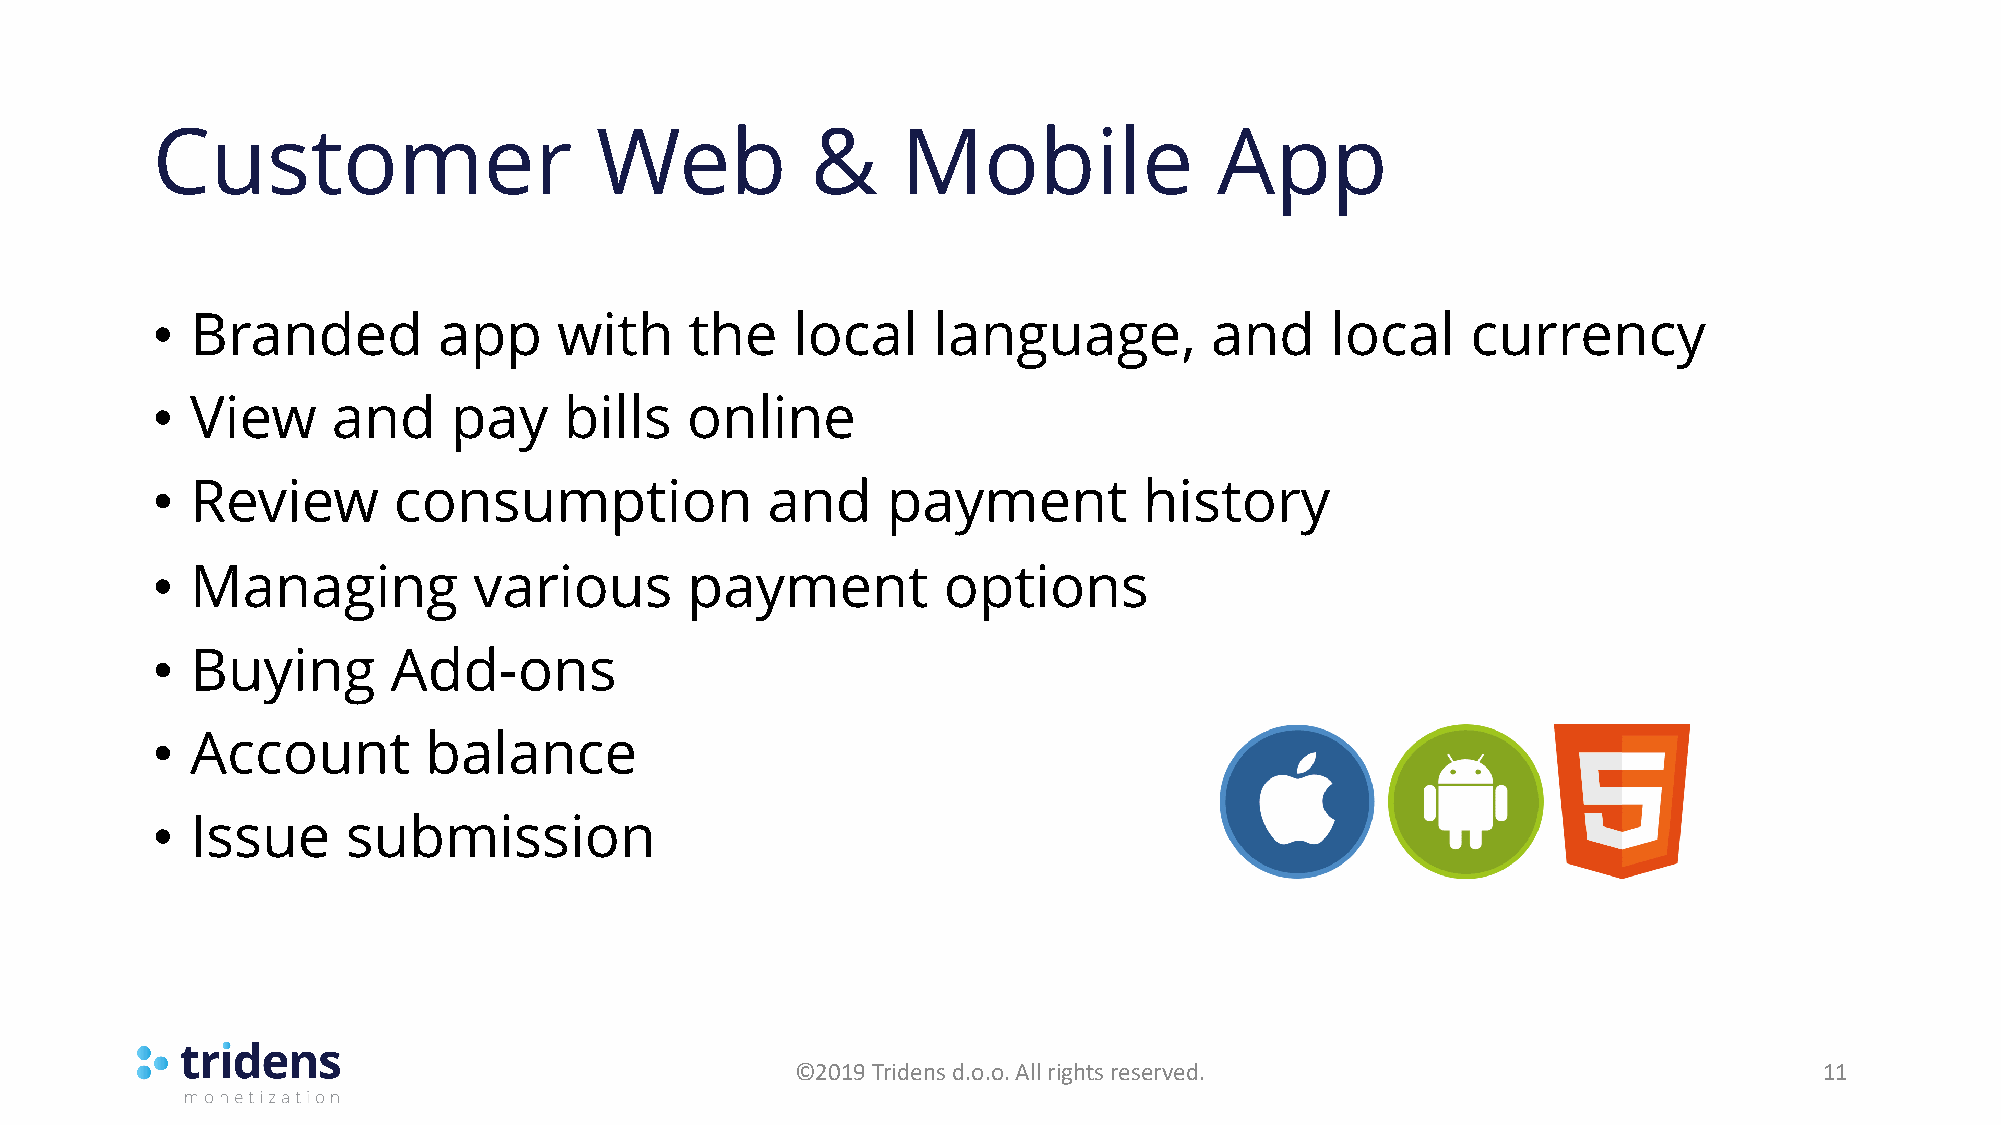
Customer                     Web            &     Mobile               App
 •  Branded         app     with     the   local     language,         and     local    currency
 •  View     and     pay    bills   online
 •  Review       consumption              and     payment          history
 •  Managing          various       payment          options
 •  Buying       Add-ons
 •  Account        balance
 •  Issue     submission
 ©2019 Tridens d.o.o. All rights reserved.                           11